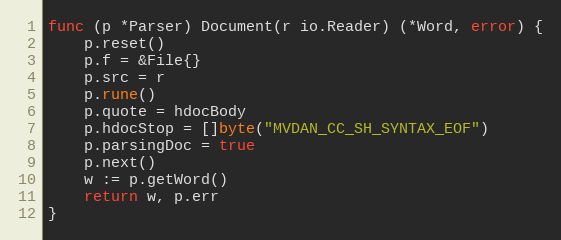
Language: Go
func (p *Parser) Document(r io.Reader) (*Word, error) {
	p.reset()
	p.f = &File{}
	p.src = r
	p.rune()
	p.quote = hdocBody
	p.hdocStop = []byte("MVDAN_CC_SH_SYNTAX_EOF")
	p.parsingDoc = true
	p.next()
	w := p.getWord()
	return w, p.err
}